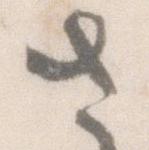
さ